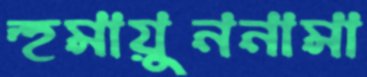
হুমায়ুননামা